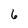
Character: 6